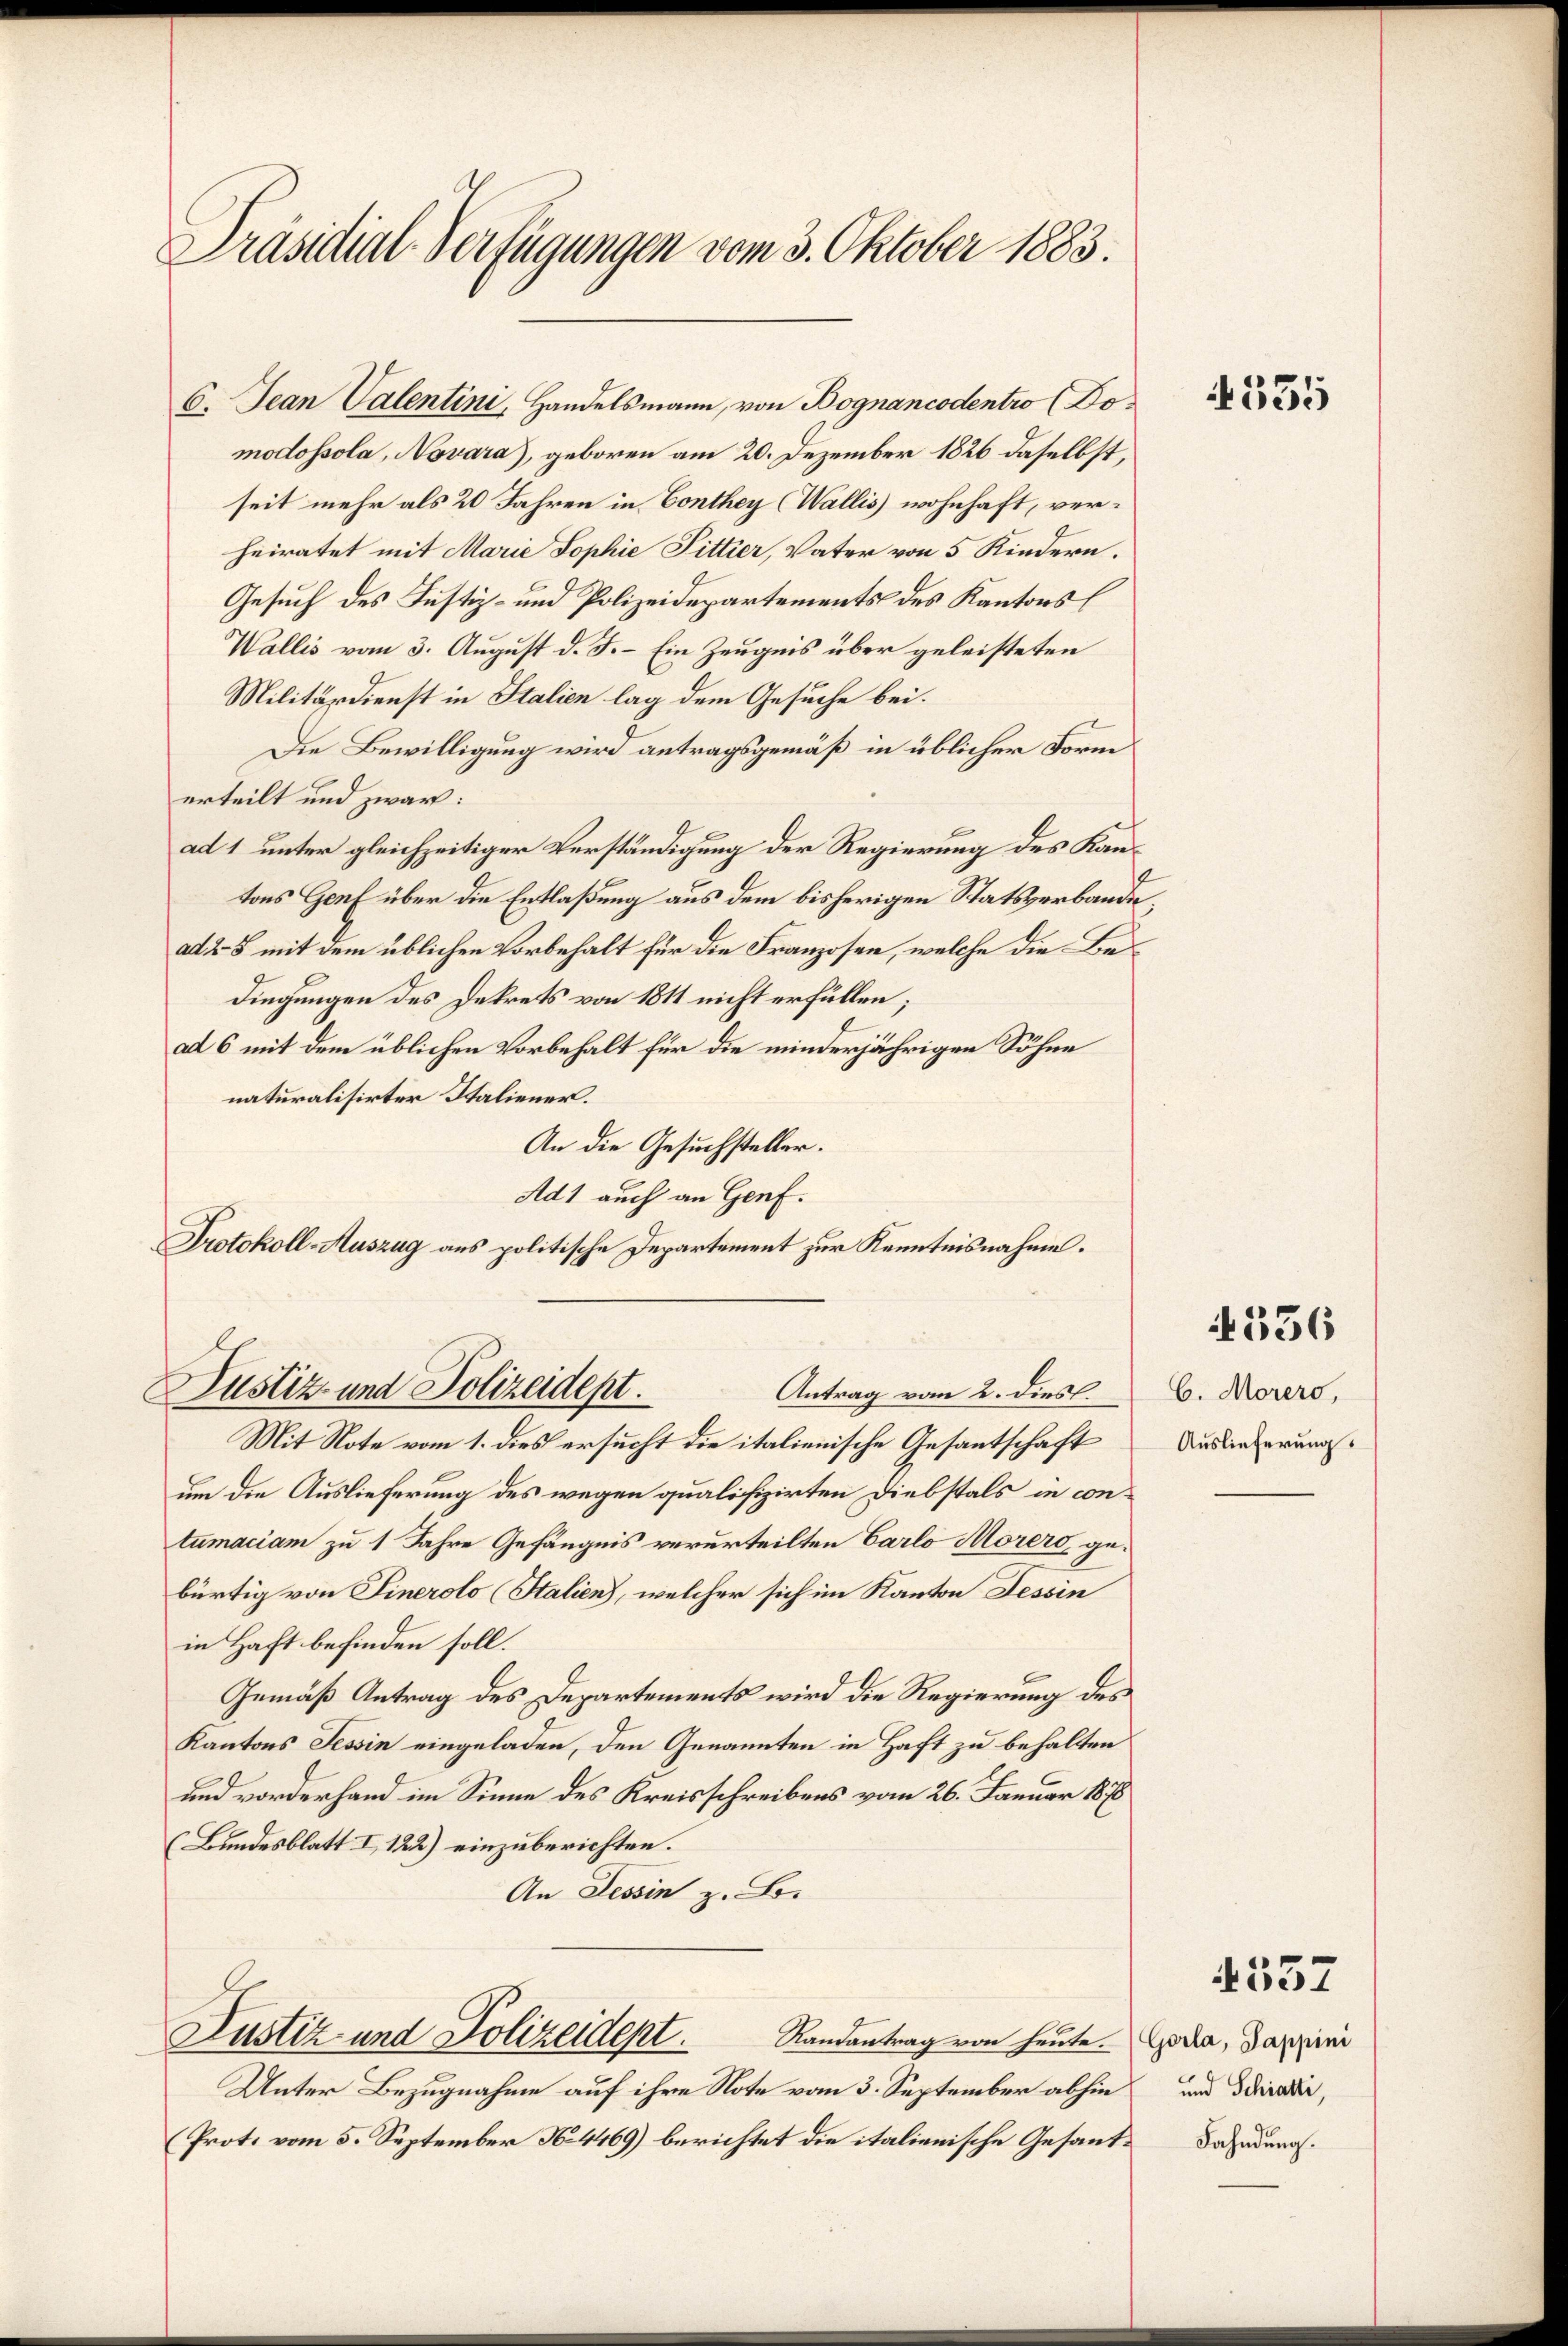
Präsidial-Verfügungen vom 3. Oktober 1883.

6. Jean Valentini, Handelsmann, von Bognancodentro (Domodossola, Novara), geboren am 20. Dezember 1826 daselbst,
seit mehr als 20 Jahren in Conthey (Wallis wohnhaft, verheiratet mit Marie Sophie Fittier, Vater von 5 Kindern.
Gesuch des Justiz- und Polizeidepartements des Kantons
Wallis vom 3. August d. J. – Ein Zeugnis über geleisteten
Militärdienst in Stalien lag dem Gesuche bei.
Die Bewilligung wird antragsgemäß in üblicher Form
erteilt und zwar:
ad 1 unter gleichzeitiger Verständigung der Regierung des Kantons Genf über die Entlaßung aus dem bisherigen Statsverbande,
ad 28 mit dem üblichen Vorbehalt für die Franzosen, welche die Bedingungen des Dekrets von 1811 nicht erfüllen;
ad 6 mit dem üblichen Vorbehalt für die minderjährigen Söhne
naturalisirter Italiener.
An die Gesuchsteller.
Ad1 auch an Genf.
Protokoll-Auszug aus politische Departement zur Kenntnisnahme.

Justiz- und Polizeidept.
Antrag vom 2. dies

Mit Note vom 1. dies ersucht die italienische Gesantschaft
um die Auslieferung des wegen qualifizirten Diebstals in contumaciam zu 1 Jahre Gefängnis verurteilten Carlo Morers gebürtig von Sinerolo (Stalien), welcher sich im Kanton Tessin
in Haft befinden soll.
Gemäß Antrag des Departements wird die Regierung des
Kantons Tessin eingeladen, den Genannten in Haft zu behalten
und vorderhand im Sinne des Kreisschreibens vom 26. Januar 1878
(Bundesblatt I 122) einzuberichten.
An Tessin z. B.

Justiz und Polizeidept.

Randantrag von heute.
Unter Bezugnahme auf ihre Note vom 3. September abhin
Prot. vom 5. September N. 4469) berichtet die italienische Gesand¬ Dahndung.

355

336

C. Morers,
Auslieferung.

4537

Gorla, Pappini
und Schratti,